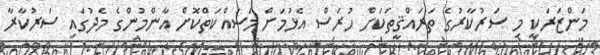
މަންޒަރަކީ މި ސަރުކާރުގެ ތަރައްޤީތަކަށް ހުރަސް އެޅުމަށް މަސައްކަތްކޮށް އާންމުންގެ މެދުގައި ސަރުކާރާ